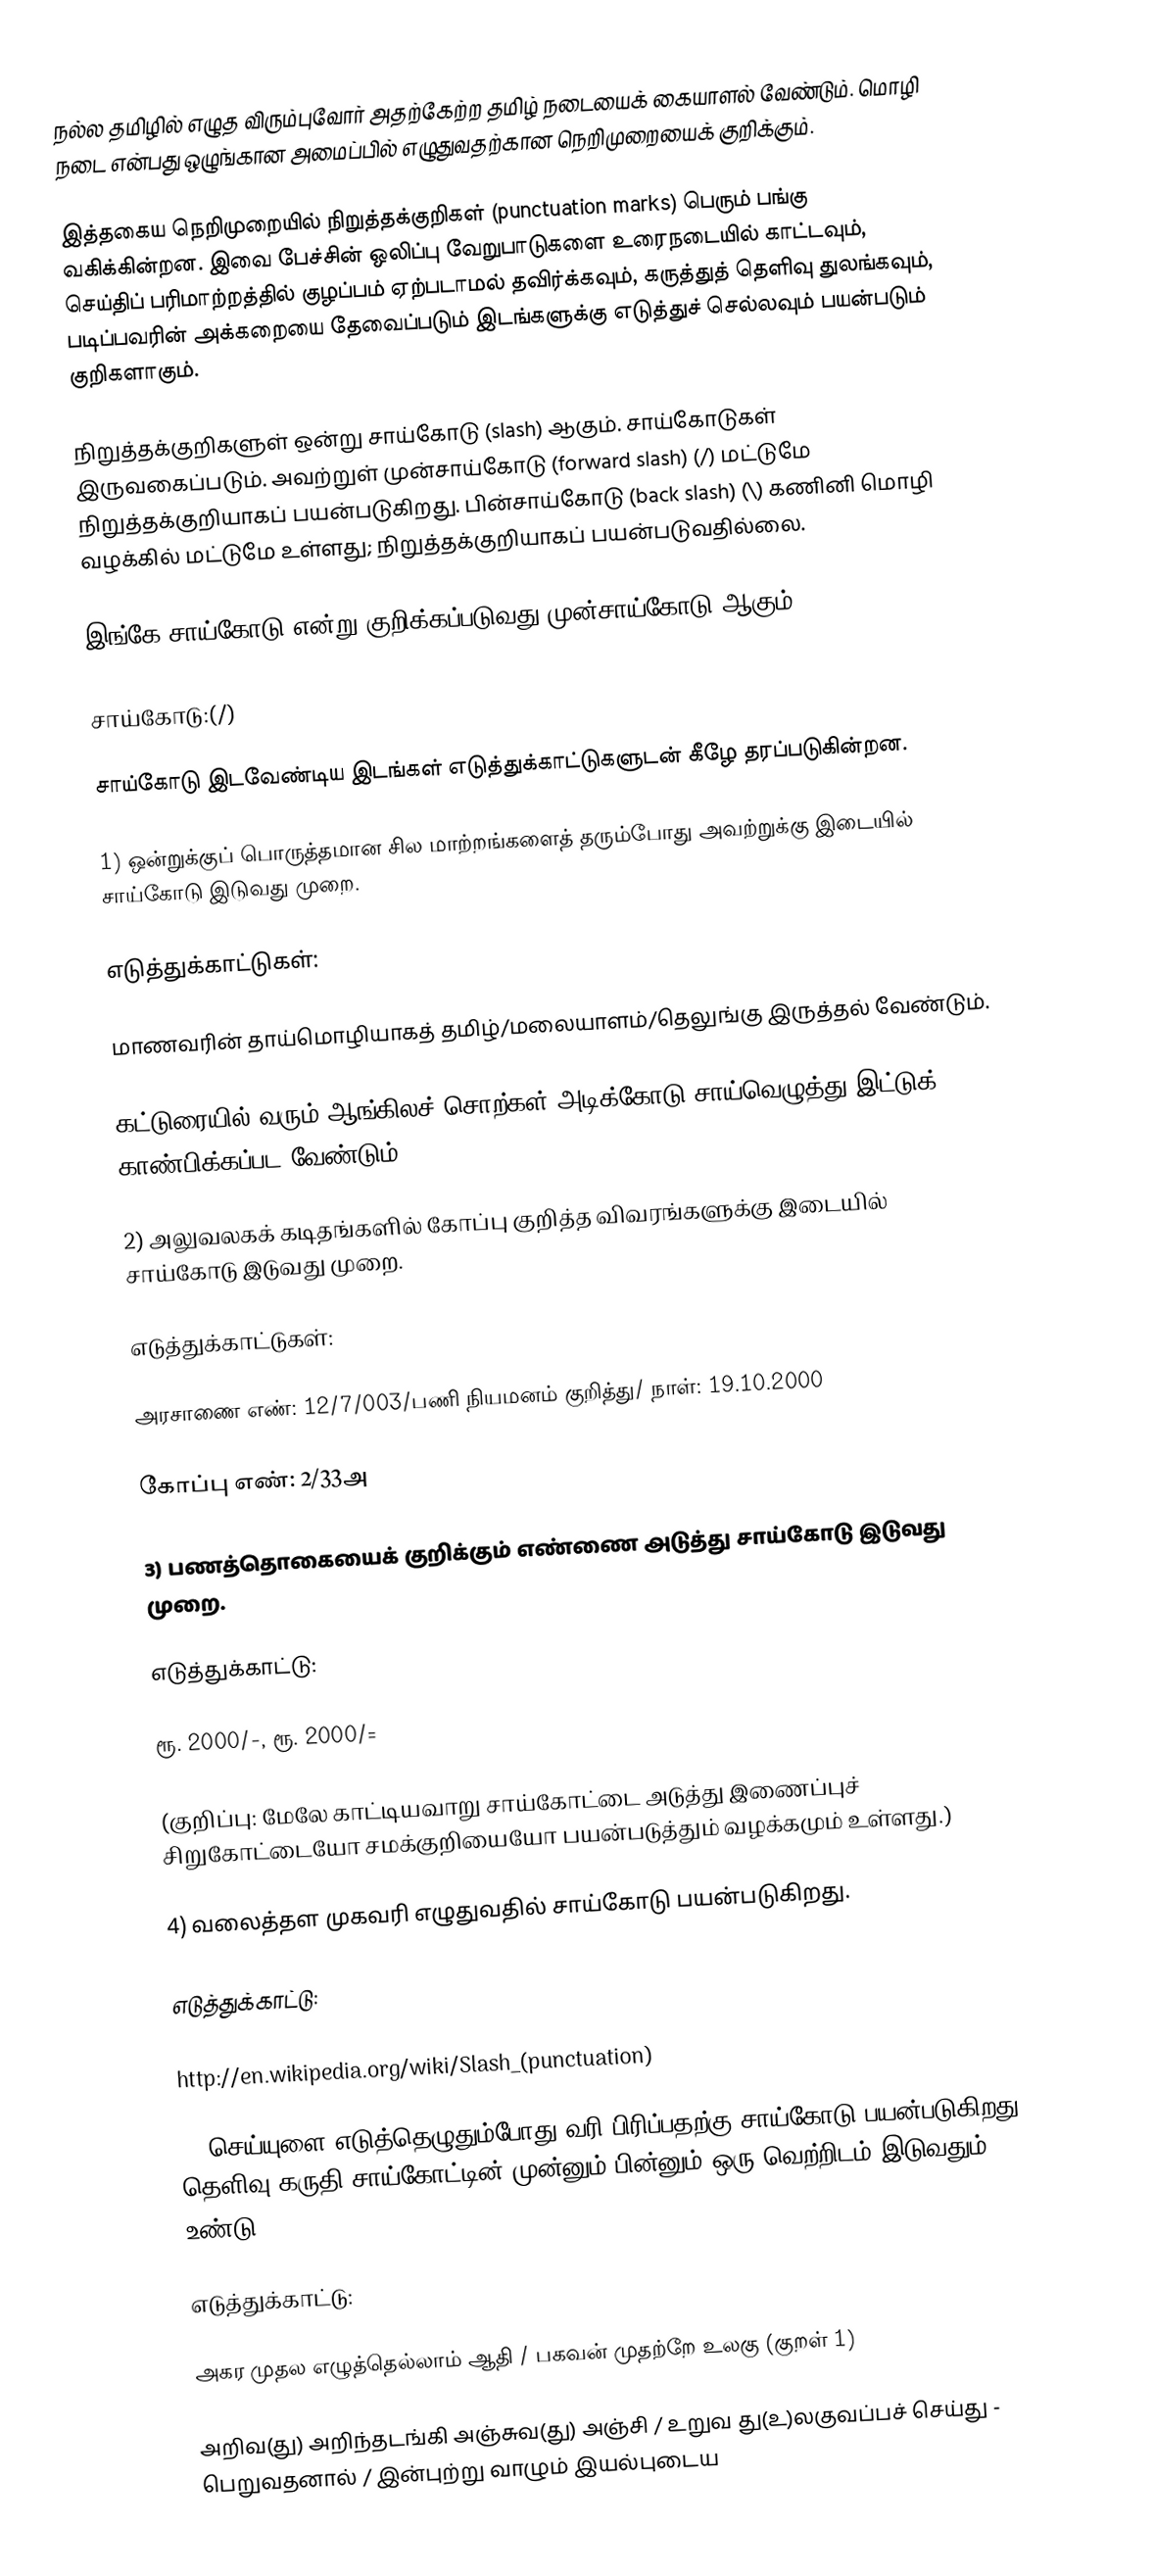
நல்ல தமிழில் எழுத விரும்புவோர் அதற்கேற்ற தமிழ் நடையைக் கையாளல் வேண்டும். மொழி நடை என்பது ஒழுங்கான அமைப்பில் எழுதுவதற்கான நெறிமுறையைக் குறிக்கும்.

இத்தகைய நெறிமுறையில்  நிறுத்தக்குறிகள் (punctuation marks) பெரும் பங்கு வகிக்கின்றன. இவை பேச்சின் ஒலிப்பு வேறுபாடுகளை உரைநடையில் காட்டவும், செய்திப் பரிமாற்றத்தில் குழப்பம் ஏற்படாமல் தவிர்க்கவும், கருத்துத் தெளிவு துலங்கவும், படிப்பவரின் அக்கறையை தேவைப்படும் இடங்களுக்கு எடுத்துச் செல்லவும் பயன்படும் குறிகளாகும்.

நிறுத்தக்குறிகளுள் ஒன்று சாய்கோடு (slash) ஆகும். சாய்கோடுகள் இருவகைப்படும். அவற்றுள் முன்சாய்கோடு (forward slash) (/)  மட்டுமே நிறுத்தக்குறியாகப் பயன்படுகிறது. பின்சாய்கோடு (back slash) (\) கணினி மொழி வழக்கில் மட்டுமே உள்ளது; நிறுத்தக்குறியாகப் பயன்படுவதில்லை.

இங்கே சாய்கோடு என்று குறிக்கப்படுவது முன்சாய்கோடு ஆகும்.

சாய்கோடு:(/)

சாய்கோடு இடவேண்டிய இடங்கள் எடுத்துக்காட்டுகளுடன் கீழே தரப்படுகின்றன.

1) ஒன்றுக்குப் பொருத்தமான சில மாற்றங்களைத் தரும்போது அவற்றுக்கு இடையில் சாய்கோடு இடுவது முறை.

எடுத்துக்காட்டுகள்:

மாணவரின் தாய்மொழியாகத் தமிழ்/மலையாளம்/தெலுங்கு இருத்தல் வேண்டும்.

கட்டுரையில் வரும் ஆங்கிலச் சொற்கள் அடிக்கோடு/சாய்வெழுத்து இட்டுக் காண்பிக்கப்பட வேண்டும்.

2) அலுவலகக் கடிதங்களில் கோப்பு குறித்த விவரங்களுக்கு இடையில் சாய்கோடு இடுவது முறை.

எடுத்துக்காட்டுகள்:

அரசாணை எண்: 12/7/003/பணி நியமனம் குறித்து/ நாள்: 19.10.2000

கோப்பு எண்: 2/33அ

3) பணத்தொகையைக் குறிக்கும் எண்ணை அடுத்து சாய்கோடு இடுவது முறை.

எடுத்துக்காட்டு:

ரூ. 2000/-,  ரூ. 2000/=

(குறிப்பு: மேலே காட்டியவாறு சாய்கோட்டை அடுத்து இணைப்புச் சிறுகோட்டையோ சமக்குறியையோ பயன்படுத்தும் வழக்கமும் உள்ளது.)

4) வலைத்தள முகவரி எழுதுவதில் சாய்கோடு பயன்படுகிறது.

எடுத்துக்காட்டு:

http://en.wikipedia.org/wiki/Slash_(punctuation)

5) செய்யுளை எடுத்தெழுதும்போது வரி பிரிப்பதற்கு சாய்கோடு பயன்படுகிறது. தெளிவு கருதி சாய்கோட்டின் முன்னும் பின்னும் ஒரு வெற்றிடம் இடுவதும் உண்டு.

எடுத்துக்காட்டு:

அகர முதல எழுத்தெல்லாம் ஆதி / பகவன் முதற்றே உலகு (குறள் 1)

அறிவ(து) அறிந்தடங்கி அஞ்சுவ(து) அஞ்சி / உறுவ து(உ)லகுவப்பச் செய்து - பெறுவதனால் / இன்புற்று வாழும் இயல்புடைய